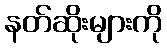
နတ်ဆိုးများကို